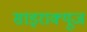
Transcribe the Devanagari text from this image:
साइराक्यूज